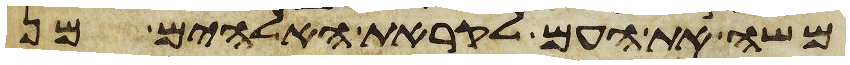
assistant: משה את העם לקראת האלהים מן